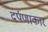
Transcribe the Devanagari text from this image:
दर्पणाकार